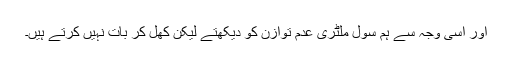
اور اسی وجہ سے ہم سول ملٹری عدم توازن کو دیکھتے لیکن کھل کر بات نہیں کرتے ہیں۔